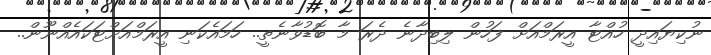
ނުކިޔައިދީ ހުއްޓާ އީރަމްއަށް ފަހުން ލިބިދާނެ ދެރަ މާ ބޮޑުވާނެތީ.. ހަމައެކަނި އީރަމްއަށްޓަކައެއްނޫން..